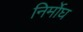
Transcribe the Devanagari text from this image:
निर्मोघ